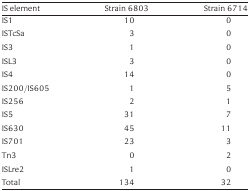
| IS element | Strain 6803 | Strain 6714 |
 | --- | --- | --- |
 | IS1 | 10 | 0 |
 | ISTcSa | 3 | 0 |
 | IS3 | 1 | 0 |
 | ISL3 | 3 | 0 |
 | IS4 | 14 | 0 |
 | IS200/IS605 | 1 | 5 |
 | IS256 | 2 | 1 |
 | IS5 | 31 | 7 |
 | IS630 | 45 | 11 |
 | IS701 | 23 | 3 |
 | Tn3 | 0 | 2 |
 | ISLre2 | 1 | 0 |
 | Total | 134 | 32 |